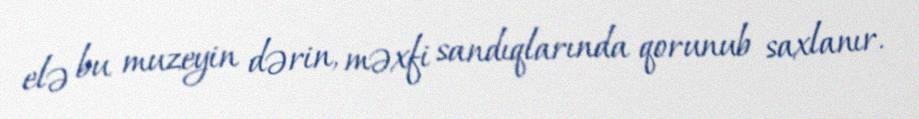
elə bu muzeyin dərin, məxfi sandıqlarında qorunub saxlanır.